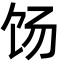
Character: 饧